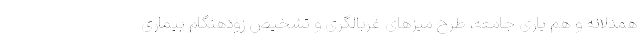
همدلانه و هم یاری جامعه، طرح میزهای غربالگری و تشخیص زودهنگام بیماری